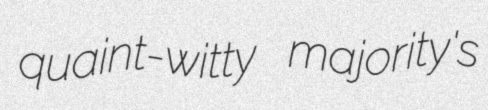
quaint-witty majority's